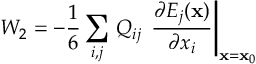
W _ { 2 } = - \frac { 1 } { 6 } \sum _ { i , j } \, Q _ { i j } \, \left. \frac { \partial E _ { j } ( { \bf { x } } ) } { \partial x _ { i } } \right| _ { { \bf { x } } = { \bf { x } } _ { 0 } }